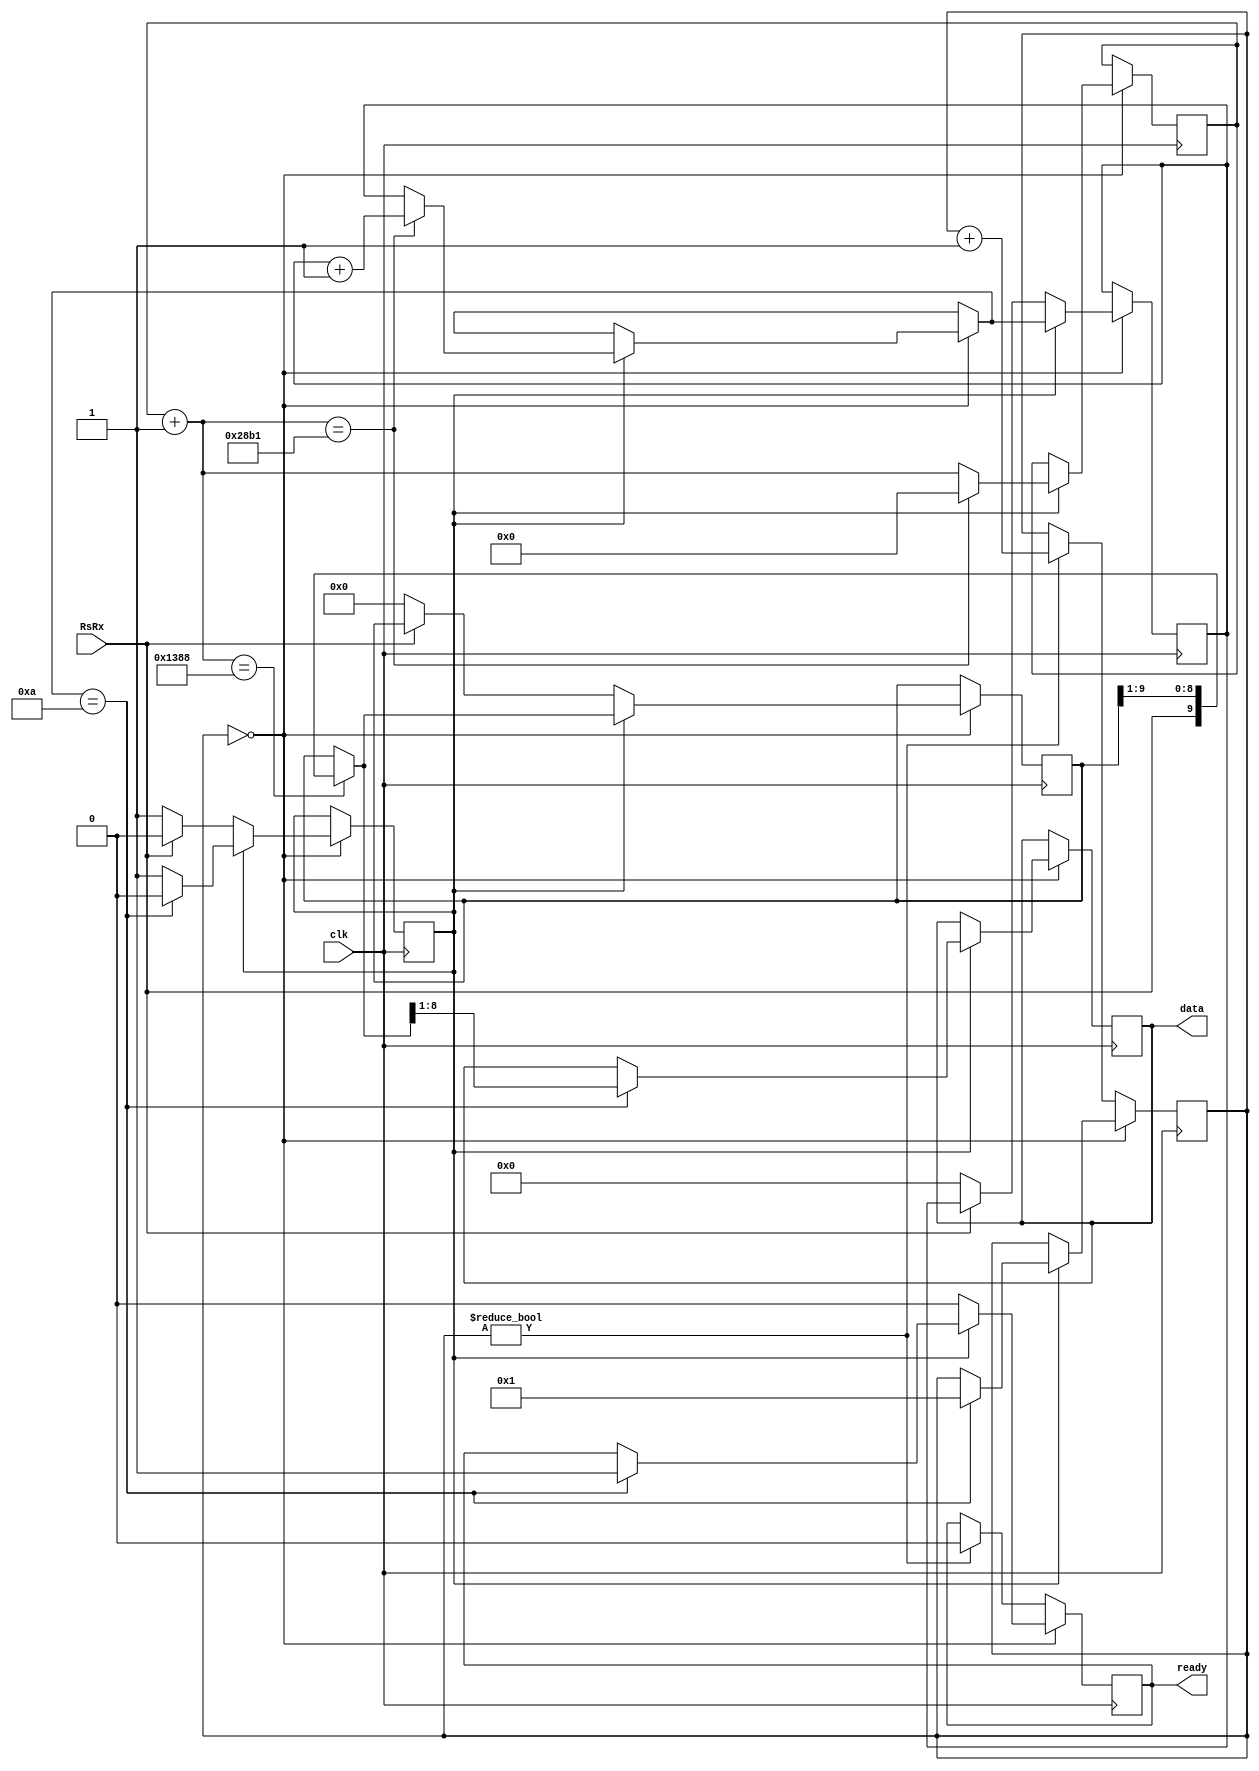
`timescale 1ns / 1ps
//////////////////////////////////////////////////////////////////////////////////
// Company: 
// Engineer: 
// 
// Design Name: 
// Module Name: UartReceive
// Project Name: 
// Target Devices: 
// Tool Versions: 
// Description: 
// 
// Dependencies: 
// 
// Revision:
// Revision 0.01 - File Created
// Additional Comments:
// 
//////////////////////////////////////////////////////////////////////////////////


module UartReceive(output reg [7:0] data, output reg ready, input RsRx, input clk);
    reg [13:0] count;
    reg [5:0] delay;
    reg reading = 0;
    reg [9:0] buffer;
    reg [4:0] bitCount = 0;


    always @(posedge clk) begin
        if (delay==0) begin
            if (~reading) begin
                if(RsRx == 0) begin
                    reading = 1;
                    buffer = 0;
                    bitCount = 0;
                end
                ready = 0;
            end
            else begin
                count = count + 1;
                if(count == 14'd5000) buffer = {RsRx, buffer[9:1]};
                if(count == 14'd10417) begin
                    count = 0;
                    bitCount = bitCount + 1;
                end
                if(bitCount == 5'd10) begin
                    data = buffer[8:1];
                    reading = 0;
                    ready = 1;
                    delay = 1;
                end
            end
        end else begin
            if (delay!=0) begin
                ready=0;
                delay = delay + 1;
            end
        end 
    end

endmodule